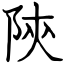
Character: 陝